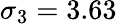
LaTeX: \sigma_{3}=3.63